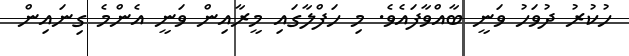
ހުކުރު ދުވަހު ވަނީ ބާއްވާފައެވެ. މި ހަފްލާގައި މީރާއިން ވަނީ އެންމެ ގިނައިން